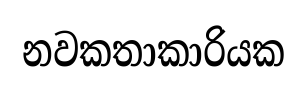
නවකතාකාරියක